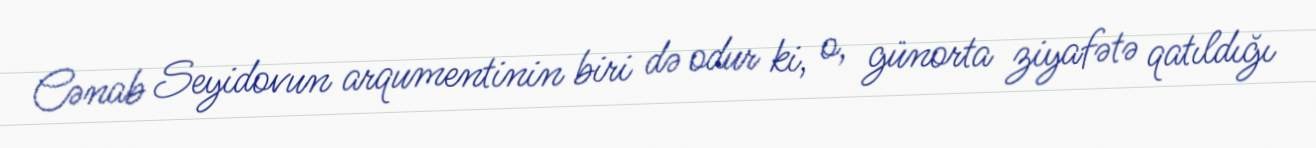
Cənab Seyidovun arqumentinin biri də odur ki, o, günorta ziyafətə qatıldığı